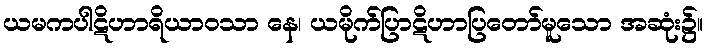
ယမကပါဋိဟာရိယာဝသာ နေ၊ ယမိုက်ပြာဋိဟာပြတော်မူသော အဆုံး၌။